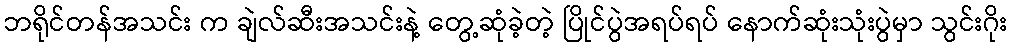
ဘရိုင်တန်အသင်း က ချဲလ်ဆီးအသင်းနဲ့ တွေ့ဆုံခဲ့တဲ့ ပြိုင်ပွဲအရပ်ရပ် နောက်ဆုံးသုံးပွဲမှာ သွင်းဂိုး